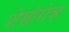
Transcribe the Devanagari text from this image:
प्रोखोरोव्ह